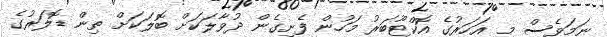
ނަމަވެސް މި އަހަރުގެ އޮކްޓޫބަރު މަހުން ފެށިގެން ދުވާލަކަށް ބޮލަކަށް ތިން ޑޮލަރުގެ